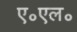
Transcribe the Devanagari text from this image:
ए॰एल॰